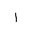
Letter: _alif